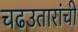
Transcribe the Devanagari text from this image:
चढउतारांची